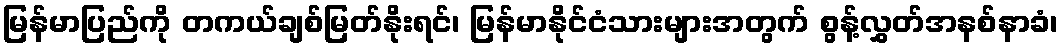
မြန်မာပြည်ကို တကယ်ချစ်မြတ်နိုးရင်၊ မြန်မာနိုင်ငံသားများအတွက် စွန့်လွှတ်အနစ်နာခံ၊